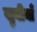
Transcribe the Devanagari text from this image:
खुबीयाँ